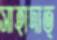
সাহাদাত্